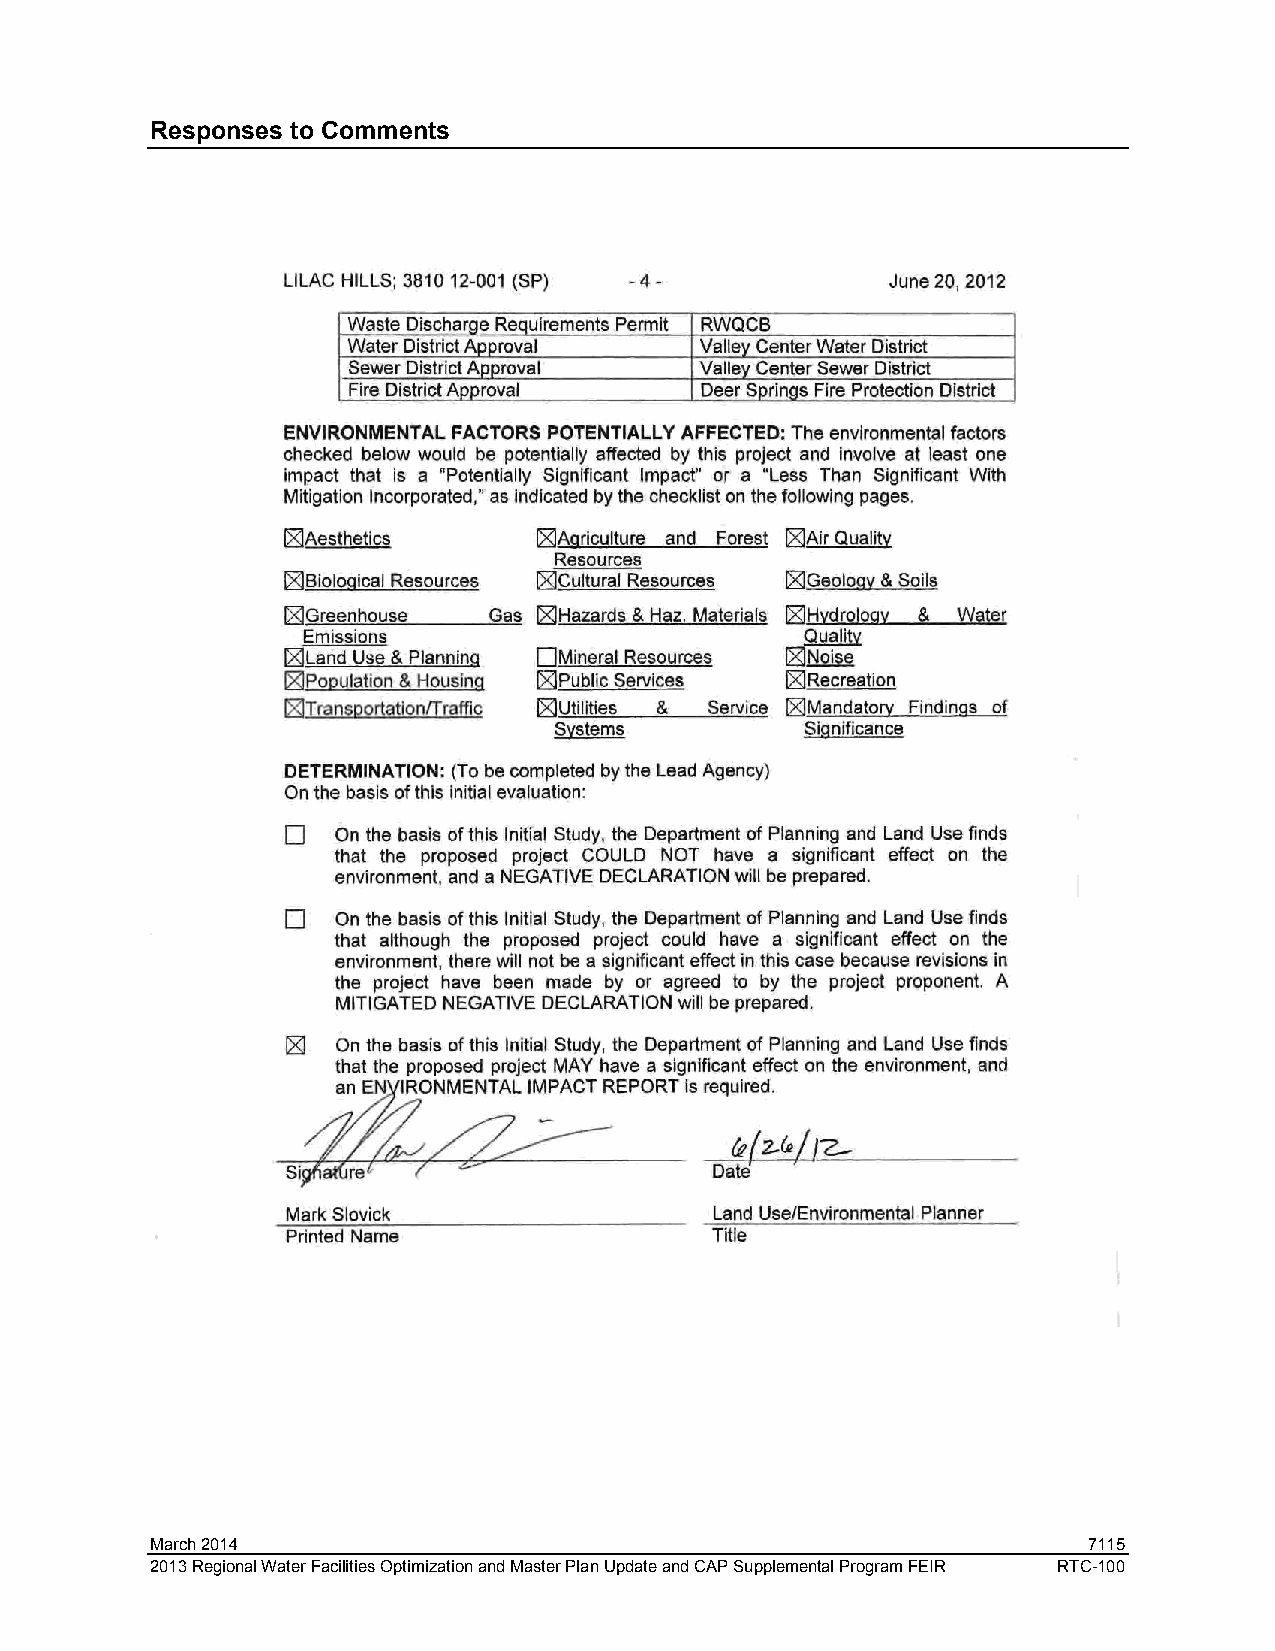
Responses to Comments
 March 2014                                                    7115
 2013 Regional Water Facilities Optimization and Master Plan Update and CAP Supplemental Program FEIR RTC-100